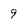
Character: 9